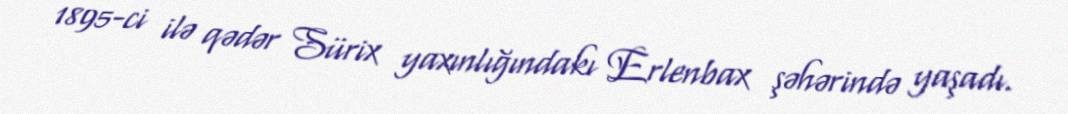
1895-ci ilə qədər Sürix yaxınlığındakı Erlenbax şəhərində yaşadı.